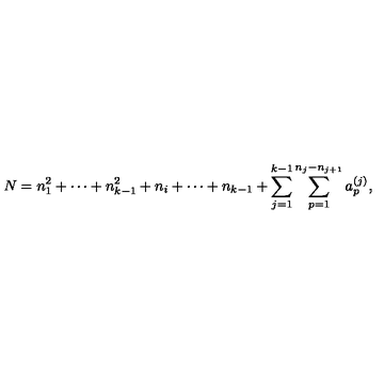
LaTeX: N = n _ { 1 } ^ { 2 } + \cdots + n _ { k - 1 } ^ { 2 } + n _ { i } + \cdots + n _ { k - 1 } + \sum _ { j = 1 } ^ { k - 1 } \sum _ { p = 1 } ^ { n _ { j } - n _ { j + 1 } } a _ { p } ^ { ( j ) } ,